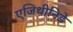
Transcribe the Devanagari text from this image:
एजिथीनिडे